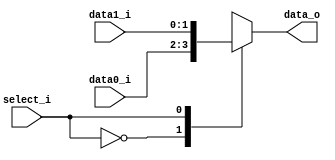
// 0416025 0416081
//Subject:     CO project 2 - MUX 221
//--------------------------------------------------------------------------------
//Version:     1
//--------------------------------------------------------------------------------
//Writer:      
//----------------------------------------------
//Date:        
//----------------------------------------------
//Description: 
//--------------------------------------------------------------------------------
     
module MUX_2to1(
               data0_i,
               data1_i,
               select_i,
               data_o
               );

parameter size = 0;			   
			
//I/O ports               
input   [size-1:0] data0_i;          
input   [size-1:0] data1_i;
input              select_i;
output  [size-1:0] data_o; 

//Internal Signals
reg     [size-1:0] data_o;

//Main function
always @(*)
begin
	case (select_i)
		1'b0: data_o <= data0_i;
		1'b1: data_o <= data1_i;
	endcase
end

endmodule